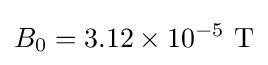
B_{0}=3.12\times 10^{-5}\ {\textrm {T}}